Annual statistical returns and brief notes on vaccination in Bengal - 1909-1929
Year: 1909
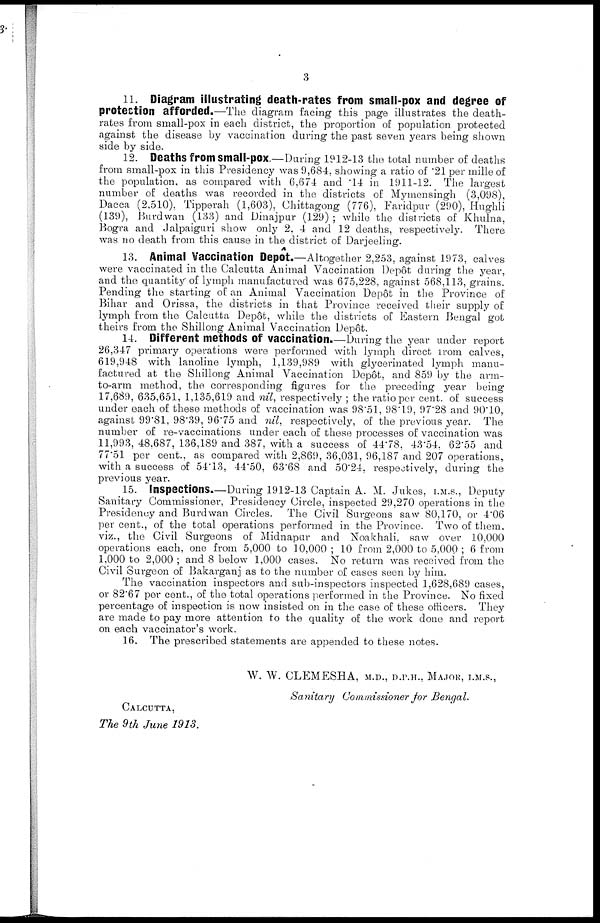
3
11. Diagram illustrating death-rates from small-pox and degree of
protection afforded.—The diagram facing this page illustrates the death-
rates from small-pox in each district, the proportion of population protected
against the disease by vaccination during the past seven years being shown
side by side.
12. Deaths from small-pox.—During 1912-13 the total number of deaths
from small-pox in this Presidency was 9,684, showing a ratio of '21 per mille of
the population, as compared with 6,674 and .14 in 1911-12. The largest
number of deaths was recorded in the districts of Mymensingh (3,098),
Dacca (2,510), Tipperah (1,603), Chittagong (776), Faridpur (290), Hughli
(139), Burdwan (133) and Dinajpur (129) ; while the districts of Khulna,
Bogra and Jalpaiguri show only 2, 4 and 12 deaths, respectively. There
was no death from this cause in the district of Darjeeling.
13. Animal Vaccination Depôt.—Altogether 2,253, against 1973, calves
were vaccinated in the Calcutta Animal Vaccination Depôt during the year,
and the quantity of lymph manufactured was 675,228, against 568,113, grains.
Pending the starting of an Animal Vaccination Depôt in the Province of
Bihar and Orissa, the districts in that Province received their supply of
lymph from the Calcutta Depôt, while the districts of Eastern Bengal got
theirs from the Shillong Animal Vaccination Depôt.
14. Different methods of vaccination.—During the year under report
26,347 primary operations were performed with lymph direct from calves,
619,948 with lanoline lymph, 1,139,989 with glycerinated lymph manu-
factured at the Shillong Animal Vaccination Depôt, and 859 by the arm-
to-arm method, the corresponding figures for the preceding year being
17,689, 635,651, 1,135,619 and nil, respectively ; the ratio per cent. of success
under each of these methods of vaccination was 98.51, 98.19, 97.28 and 90.10,
against 99.81, 98.39, 96.75 and nil, respectively, of the previous year. The
number of re-vaccinations under each of these processes of vaccination was
11,993, 48,687, 136,189 and 387, with a success of 44.78, 43.54, 62.55 and
77.51 per cent., as compared with 2,869, 36,031, 96,187 and 207 operations,
with a success of 54.13, 44.50, 63.68 and 50.24, respectively, during the
previous year.
15. Inspections.—During 1912-13 Captain A. M. Jukes, I.M.S., Deputy
Sanitary Commissioner, Presidency Circle, inspected 29,270 operations in the
Presidency and Burdwan Circles. The Civil Surgeons saw 80,170, or 4.06
per cent., of the total operations performed in the Province. Two of them.
viz., the Civil Surgeons of Midnapur and Noakhali. saw over 10,000
operations each, one from 5,000 to 10,000; 10 from 2,000 to 5,000 ; 6 from
1.000 to 2,000 ; and 8 below 1,000 cases. No return was received from the
Civil Surgeon of Bakarganj as to the number of cases seen by him.
The vaccination inspectors and sub-inspectors inspected 1,628,689 cases,
or 82.67 per cent., of the total operations performed in the Province. No fixed
percentage of inspection is now insisted on in the case of these officers. They
are made to pay more attention to the quality of the work done and report
on each vaccinator's work.
16. The prescribed statements are appended to these notes.
W. W. CLEMESHA, M.D., D.P.H., MAJOR, I.M.S.,
Sanitary Commissioner for Bengal.
CALCUTTA,
The 9th June 1913.